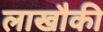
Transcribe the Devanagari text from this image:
लाखौकी